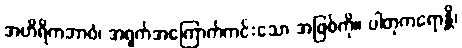
အဟိရိကဘာဝံ၊ အရှက်အကြောက်ကင်းသော အဖြစ်ကို။ ပါတုကရောန္တိ၊